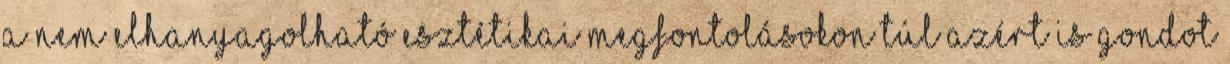
a nem elhanyagolható esztétikai megfontolásokon túl azért is gondot